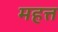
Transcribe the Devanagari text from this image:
महत्त